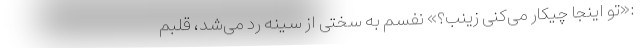
:«تو اینجا چیکار می‌کنی زینب؟» نفسم به سختی از سینه رد می‌شد، قلبم